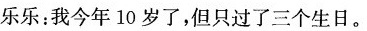
乐乐：我今年10岁了，但只过了三个生日。